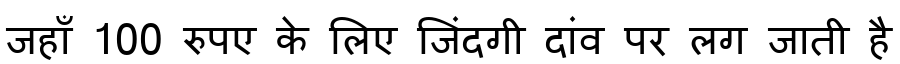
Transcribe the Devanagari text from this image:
जहाँ 100 रुपए के लिए जिंदगी दांव पर लग जाती है